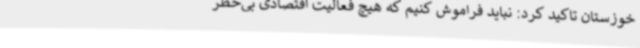
خوزستان تاکید کرد: نباید فراموش کنیم که هیچ فعالیت اقتصادی بی‌خطر